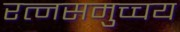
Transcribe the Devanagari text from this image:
रत्नसमुच्चय